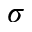
\sigma